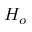
H _ { o }